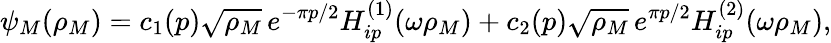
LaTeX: \psi_{M}(\rho_{M})=c_{1}(p)\sqrt{\rho_{M}}\, e^{-\pi p/2}H_{ip}^{(1)}(\omega\rho_{M})+c_{2}(p)\sqrt{\rho_{M}}\, e^{\pi p/2}H_{ip}^{(2)}(\omega\rho_{M}),